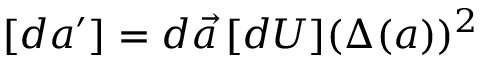
[ d { a } ^ { \prime } ] = d \vec { a } \, [ d U ] ( \Delta ( a ) ) ^ { 2 }